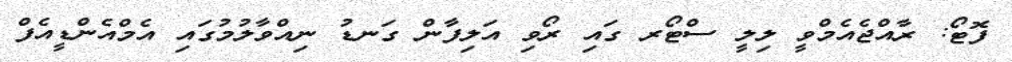
ފޮޓޯ: ރާއްޖެއެމްވީ ލިލީ ސްޓޯރ ގައި ރޯވި އަލިފާން ގަނޑު ނިއްވާލުމުގައި އެމްއެންޑީއެފް